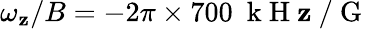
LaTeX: \omega_{\mathbf{z}}/B=-2\pi\times700~\mathrm{{~k~H~\mathbf{z}~}}/\mathrm{{~G~}}